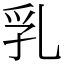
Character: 乳